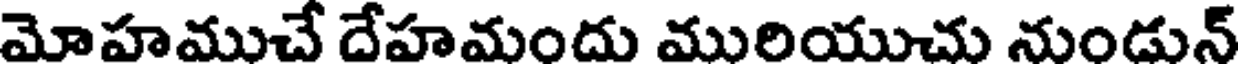
మోహముచే దేహమందు మురియుచు నుండున్